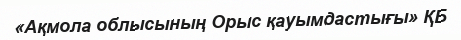
«Ақмола облысының Орыс қауымдастығы» ҚБ